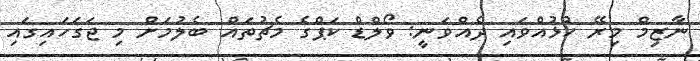
ނާޒިމް މިރޭ ހުޅުއްްވައި ދެއްވަނީ: ވޯލްޑް ކަޕްގެ މެޗުތައް ބެލުމަށް މި ޖަގަހައިގައި